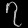
Digit: ၇